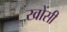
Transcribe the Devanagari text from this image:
खोंसी